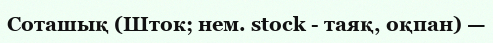
Соташық (Шток; нем. stock - таяқ, оқпан) —